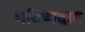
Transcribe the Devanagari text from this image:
भविष्यद्वाद